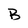
Character: B